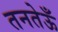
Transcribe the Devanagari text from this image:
तनतेऊँ